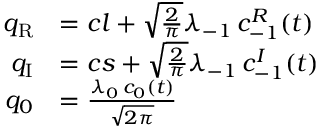
\begin{array} { r l } { q _ { \mathrm { { R } } } } & { = c l + \sqrt { \frac { 2 } { \pi } } \lambda _ { \mathrm { - } 1 } \, c _ { \mathrm { - } 1 } ^ { R } ( t ) } \\ { q _ { \mathrm { { I } } } } & { = c s + \sqrt { \frac { 2 } { \pi } } \lambda _ { \mathrm { - } 1 } \, c _ { \mathrm { - } 1 } ^ { I } ( t ) } \\ { q _ { 0 } } & { = \frac { \lambda _ { 0 } \, c _ { 0 } ( t ) } { \sqrt { 2 \pi } } } \end{array}